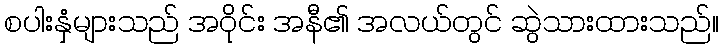
စပါးနှံများသည် အဝိုင်း အနီ၏ အလယ်တွင် ဆွဲသားထားသည်။